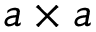
a \times a